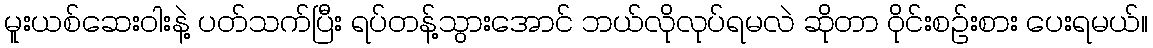
မူးယစ်ဆေးဝါးနဲ့ ပတ်သက်ပြီး ရပ်တန့်သွားအောင် ဘယ်လိုလုပ်ရမလဲ ဆိုတာ ဝိုင်းစဉ်းစား ပေးရမယ်။